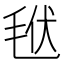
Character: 𣭩